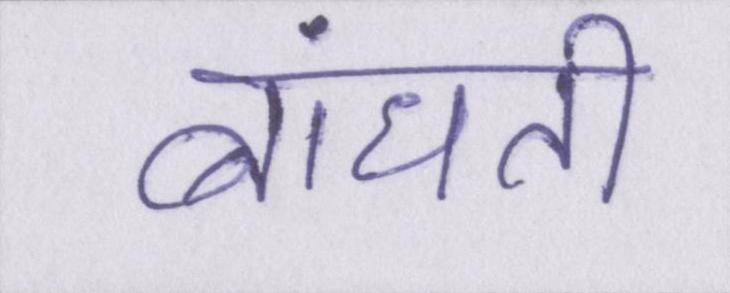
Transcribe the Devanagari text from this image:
बांधती